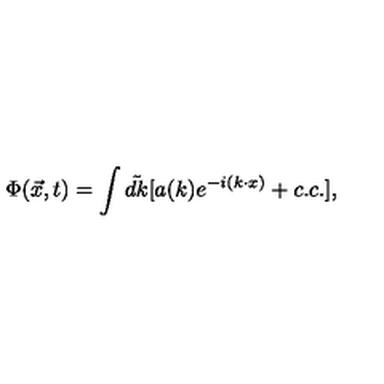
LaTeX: \Phi ( \vec { x } , t ) = \int \tilde { d k } [ a ( k ) e ^ { - i ( k \cdot x ) } + c . c . ] ,